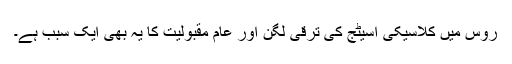
روس میں کلاسیکی اسیٹج کی ترقی لگن اور عام مقبولیت کا یہ بھی ایک سبب ہے۔